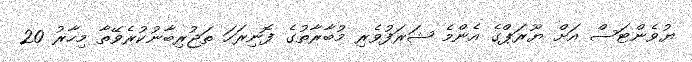
ޔުވެންޓަސް އަށް ޔޫރަޕްގެ އެންމެ ޝަރަފުވެރި މުބާރާތުގެ ފޮނިރަހަ ތަޖުރިބާނުކުރެވޭތާ މިހާރު 20